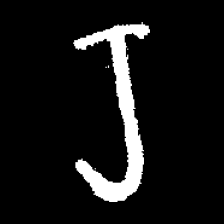
Pyu character \u2014 Myanmar letter: ရ (romanized: ra)